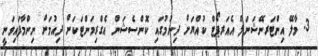
3. މާލޭ އިންޓަރނޭޝަނަލް އެއަރޕޯޓް ކުއްޔަށް ދިނުމުގައި ކޮންސެޝަން އެގްރިމަންޓަކަށް ދިއުމަށް ނިންމާފައިވަނީ